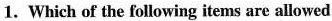
1. Which of the following items are allowed